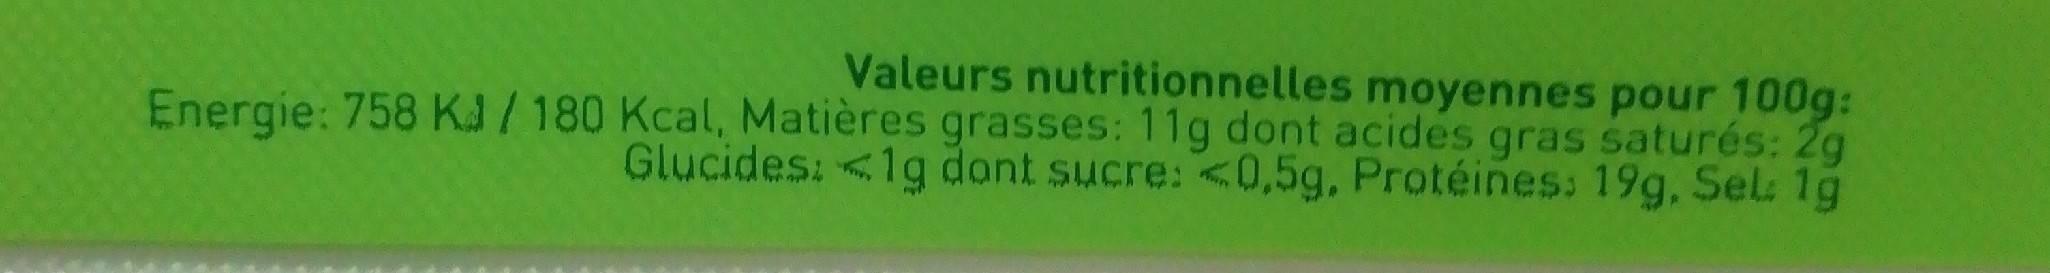
Valeurs nutritionnelles moyennes pour 100g: Energie: 758 K/180 Kcal, Matières grasses: 11g dont acides gras saturés: 2g Glucides: <1g dont sucre: <0,5g, Protéines: 19g, Sel: 1g